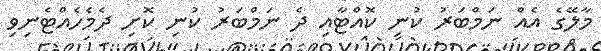
މާލޭގެ އެއް ނަމްބަރު ކުނި ކޮއްޓާއި ދެ ނަމްބަރު ކުނި ކޮށި ދެމެހެއްޓެނިވި